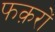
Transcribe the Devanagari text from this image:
फक़रों